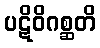
ပဋိဝိဂစ္ဆတိ